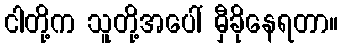
ငါတို့က သူတို့အပေါ် မှီခိုနေရတာ။